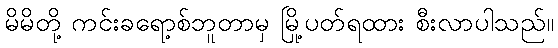
မိမိတို့ ကင်းခရော့စ်ဘူတာမှ မြို့ပတ်ရထား စီးလာပါသည်။